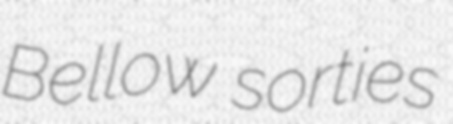
Bellow sorties